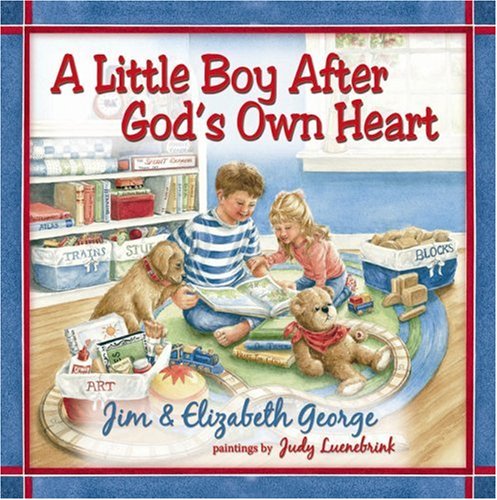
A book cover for A Little Boy After God's Own Heart; Jim George; Children's Books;